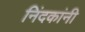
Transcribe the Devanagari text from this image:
निंदकांनी